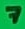
Text: 7